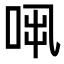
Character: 𠱨